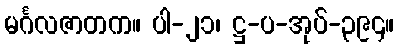
မင်္ဂလဇာတက။ ပါ-၂၁၊ ဋ္ဌ-ပ-အုပ်-၃၉၄။